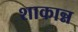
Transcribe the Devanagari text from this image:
शाकान्न